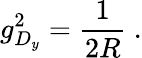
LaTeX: g_{D_{y}}^{2}=\frac{1}{2R}\ .